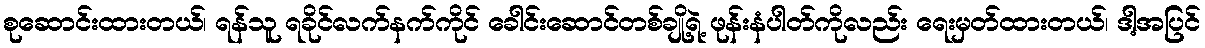
စုဆောင်းထားတယ်၊ ရန်သူ ရခိုင်လက်နက်ကိုင် ခေါင်းဆောင်တစ်ချို့ရဲ့ ဖုန်းနံပါတ်ကိုလည်း ရေးမှတ်ထားတယ်၊ ဒါ့အပြင်